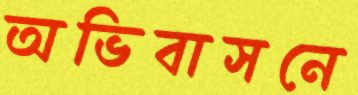
অভিবাসনে